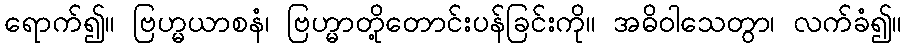
ရောက်၍။ ဗြဟ္မယာစနံ၊ ဗြဟ္မာတို့တောင်းပန်ခြင်းကို။ အဓိဝါသေတွာ၊ လက်ခံ၍။